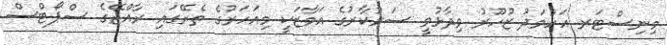
މިނިސްޓަރ އަހުމަދު ޒުހޫރު ވިދާޅުވީ ސަރުކާރުގެ އަމާޒަކީ މިއަހަރުގެ ތެރޭގައި ރާއްޖޭގެ ސްޕޯޓްސް